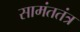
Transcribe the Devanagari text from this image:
सामंततंत्र